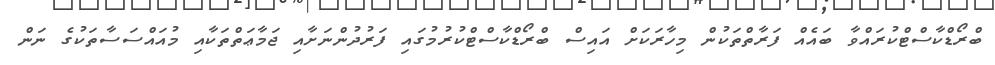
ބްރޯޑްކާސްޓްކުރައްވާ ބައެއް ފަރާތްތަކުން މިހާރަކަށް އައިސް ބްރޯޑްކާސްޓްކުރުމުގައި ފަރުދުންނަށާއި ޖަމާޢަތްތަކާއި މުއައްސަސާތަކުގެ ނަން